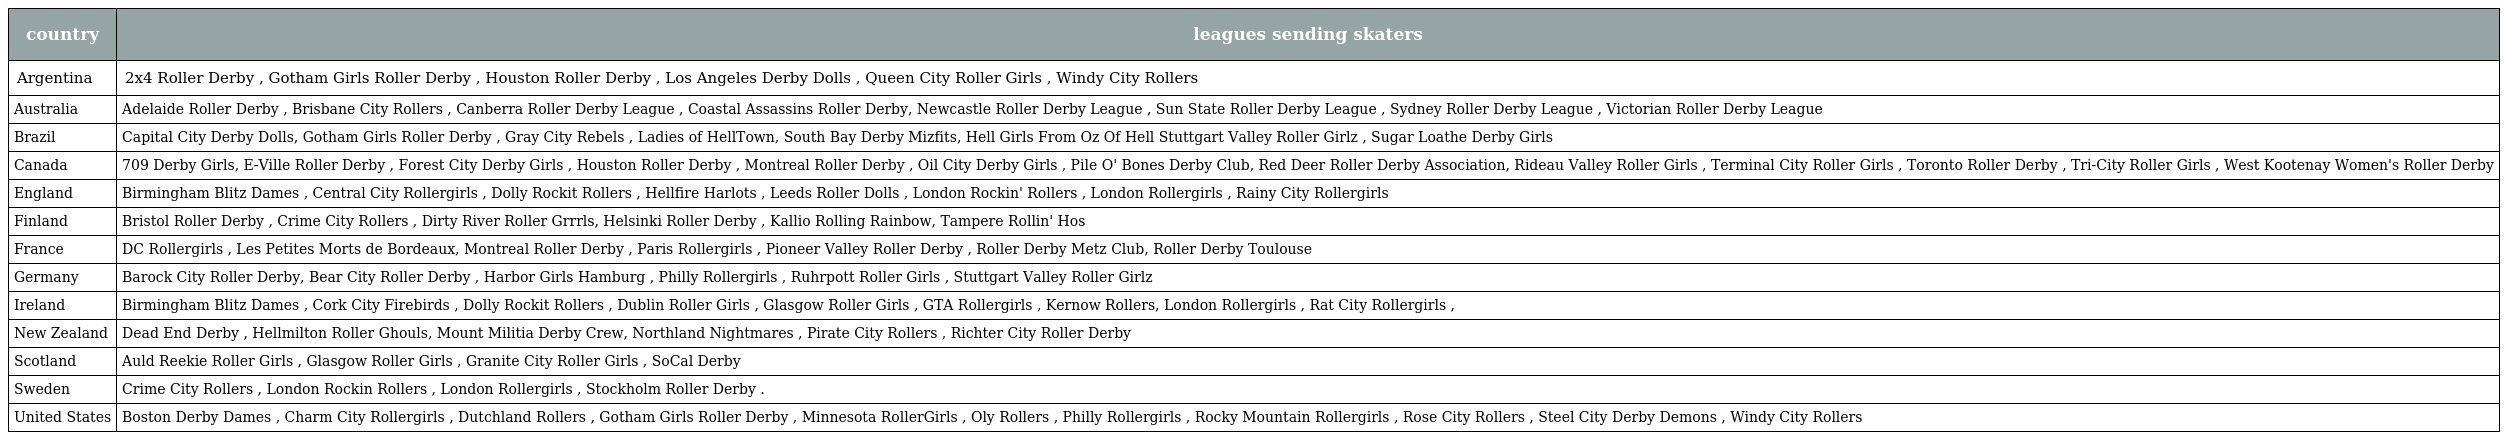
| country | leagues sending skaters |
 | --- | --- |
 | Argentina | 2x4 Roller Derby , Gotham Girls Roller Derby , Houston Roller Derby , Los Angeles Derby Dolls , Queen City Roller Girls , Windy City Rollers |
 | Australia | Adelaide Roller Derby , Brisbane City Rollers , Canberra Roller Derby League , Coastal Assassins Roller Derby, Newcastle Roller Derby League , Sun State Roller Derby League , Sydney Roller Derby League , Victorian Roller Derby League |
 | Brazil | Capital City Derby Dolls, Gotham Girls Roller Derby , Gray City Rebels , Ladies of HellTown, South Bay Derby Mizfits, Hell Girls From Oz Of Hell Stuttgart Valley Roller Girlz , Sugar Loathe Derby Girls |
 | Canada | 709 Derby Girls, E-Ville Roller Derby , Forest City Derby Girls , Houston Roller Derby , Montreal Roller Derby , Oil City Derby Girls , Pile O' Bones Derby Club, Red Deer Roller Derby Association, Rideau Valley Roller Girls , Terminal City Roller Girls , Toronto Roller Derby , Tri-City Roller Girls , West Kootenay Women's Roller Derby |
 | England | Birmingham Blitz Dames , Central City Rollergirls , Dolly Rockit Rollers , Hellfire Harlots , Leeds Roller Dolls , London Rockin' Rollers , London Rollergirls , Rainy City Rollergirls |
 | Finland | Bristol Roller Derby , Crime City Rollers , Dirty River Roller Grrrls, Helsinki Roller Derby , Kallio Rolling Rainbow, Tampere Rollin' Hos |
 | France | DC Rollergirls , Les Petites Morts de Bordeaux, Montreal Roller Derby , Paris Rollergirls , Pioneer Valley Roller Derby , Roller Derby Metz Club, Roller Derby Toulouse |
 | Germany | Barock City Roller Derby, Bear City Roller Derby , Harbor Girls Hamburg , Philly Rollergirls , Ruhrpott Roller Girls , Stuttgart Valley Roller Girlz |
 | Ireland | Birmingham Blitz Dames , Cork City Firebirds , Dolly Rockit Rollers , Dublin Roller Girls , Glasgow Roller Girls , GTA Rollergirls , Kernow Rollers, London Rollergirls , Rat City Rollergirls , |
 | New Zealand | Dead End Derby , Hellmilton Roller Ghouls, Mount Militia Derby Crew, Northland Nightmares , Pirate City Rollers , Richter City Roller Derby |
 | Scotland | Auld Reekie Roller Girls , Glasgow Roller Girls , Granite City Roller Girls , SoCal Derby |
 | Sweden | Crime City Rollers , London Rockin Rollers , London Rollergirls , Stockholm Roller Derby . |
 | United States | Boston Derby Dames , Charm City Rollergirls , Dutchland Rollers , Gotham Girls Roller Derby , Minnesota RollerGirls , Oly Rollers , Philly Rollergirls , Rocky Mountain Rollergirls , Rose City Rollers , Steel City Derby Demons , Windy City Rollers |